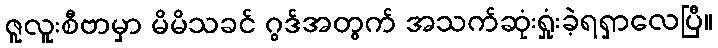
ဇူလူးစီဗာမှာ မိမိသခင် ဂွဒ်အတွက် အသက်ဆုံးရှုံးခဲ့ရရှာလေပြီ။